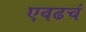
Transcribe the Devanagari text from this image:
एवढचं